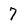
Character: 7